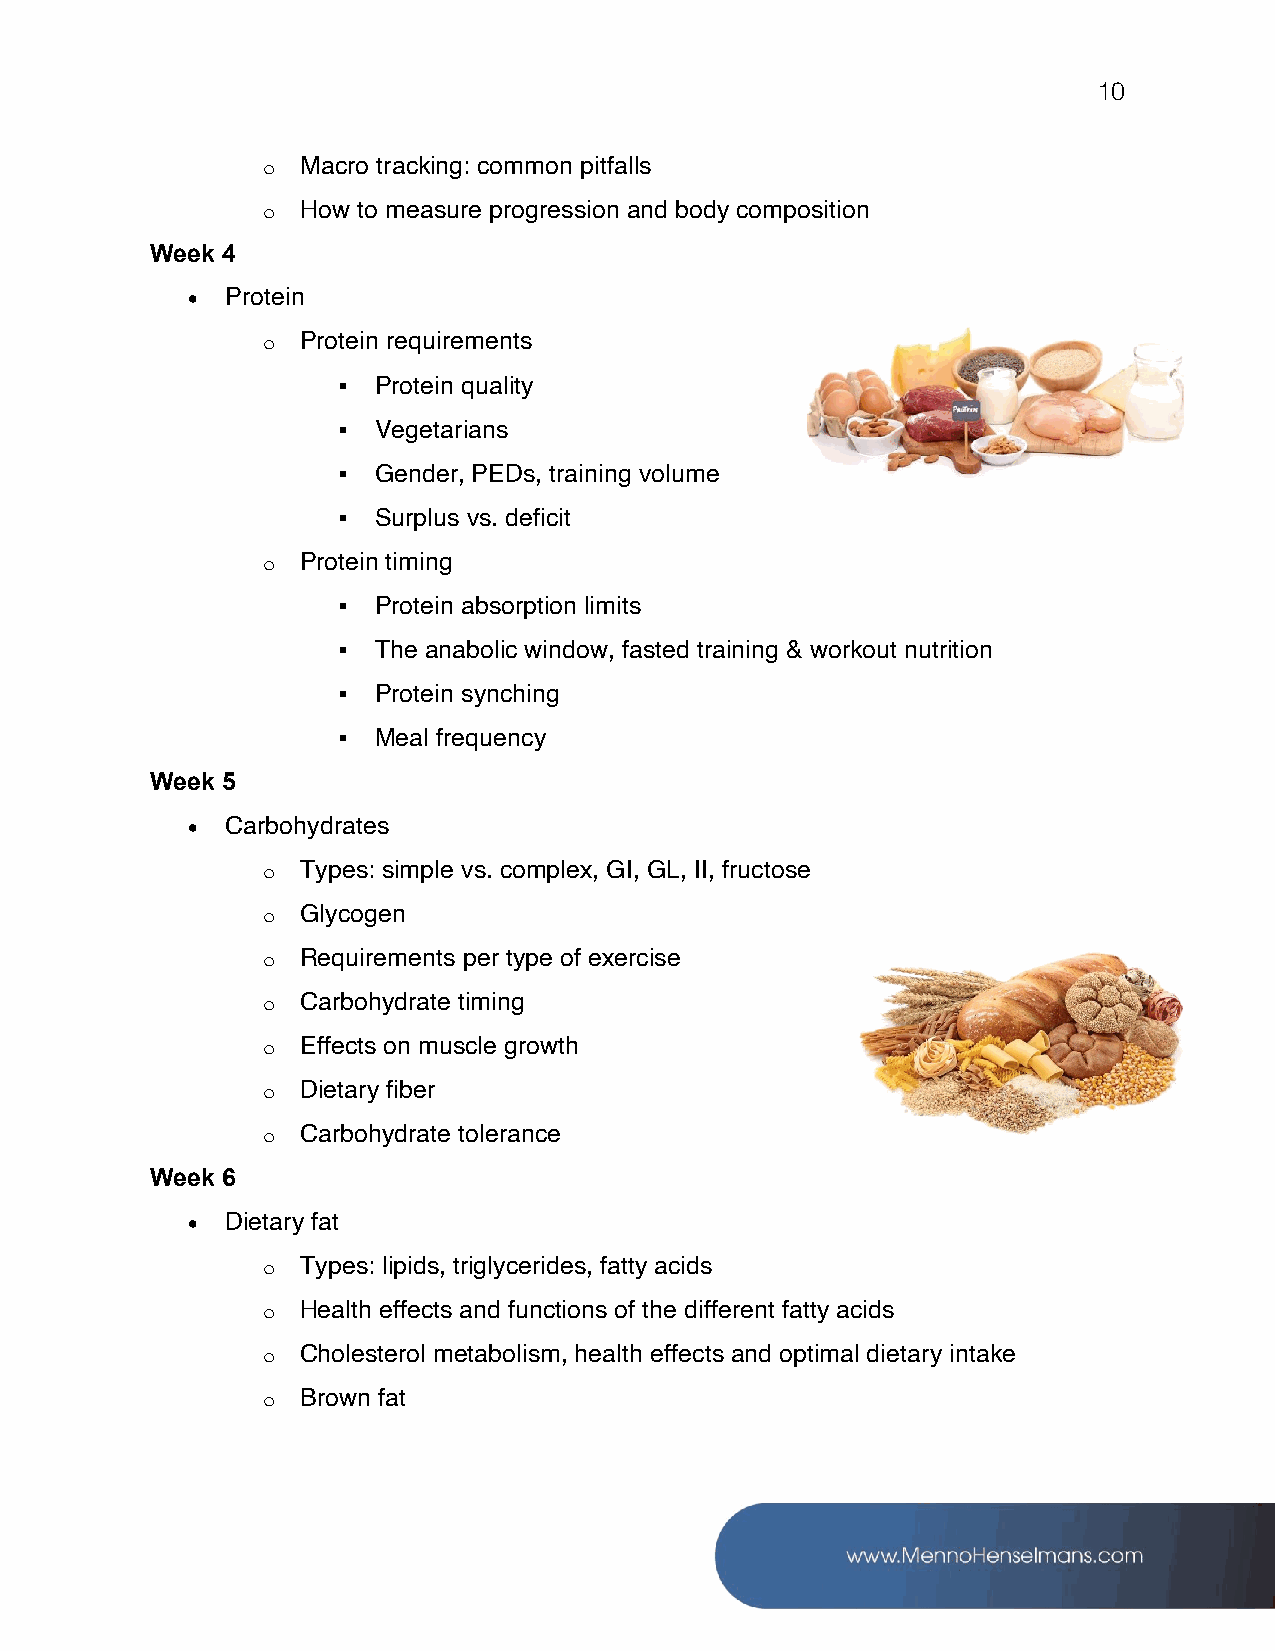
10
 o  Macro tracking: common pitfalls
 o  How to measure progression and body composition
 Week 4
 •  Protein
 o  Protein requirements
 ▪  Protein quality
 ▪  Vegetarians
 ▪  Gender, PEDs, training volume
 ▪  Surplus vs. deficit
 o  Protein timing
 ▪  Protein absorption limits
 ▪  The anabolic window, fasted training & workout nutrition
 ▪  Protein synching
 ▪  Meal frequency
 Week 5
 •  Carbohydrates
 o  Types: simple vs. complex, GI, GL, II, fructose
 o  Glycogen
 o  Requirements per type of exercise
 o  Carbohydrate timing
 o  Effects on muscle growth
 o  Dietary fiber
 o  Carbohydrate tolerance
 Week 6
 •  Dietary fat
 o  Types: lipids, triglycerides, fatty acids
 o  Health effects and functions of the different fatty acids
 o  Cholesterol metabolism, health effects and optimal dietary intake
 o  Brown fat